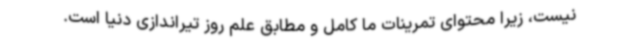
نیست، زیرا محتوای تمرینات ما کامل و مطابق علم روز تیراندازی دنیا است.